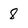
Character: 8